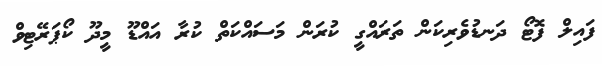
ފައިލް ފޮޓޯ ދަނޑުވެރިކަން ތަރައްގީ ކުރަން މަސައްކަތް ކުރާ އައްޑޫ މީދޫ ކޯޕަރޭޓިވް